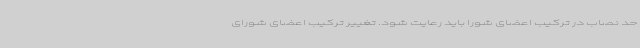
حد نصاب در ترکیب اعضای شورا باید رعایت شود. تغییر ترکیب اعضای شورای